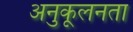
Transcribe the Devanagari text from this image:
अनुकूलनता